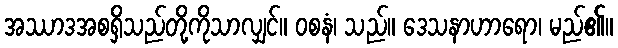
အဿာဒအစရှိသည်တို့ကိုသာလျှင်။ ဝစနံ၊ သည်။ ဒေသနာဟာရော၊ မည်၏။